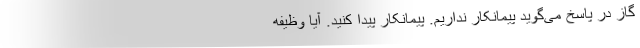
گاز در پاسخ می‌گوید پیمانکار نداریم. پیمانکار پیدا کنید. آیا وظیفه